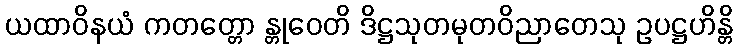
ယထာဝိနယံ ကတတ္တော န္တုဝေတိ ဒိဋ္ဌသုတမုတဝိညာတေသု ဥပဋ္ဌဟိန္တိ